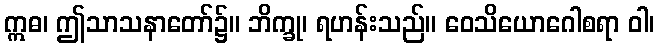
ဣဓ၊ ဤသာသနာတော်၌။ ဘိက္ခု၊ ရဟန်းသည်။ ဝေသိယောဂေါစရာ ဝါ၊